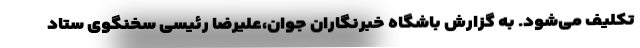
تکلیف می‌شود. به گزارش باشگاه خبرنگاران جوان،علیرضا رئیسی سخنگوی ستاد